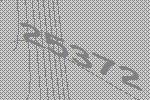
25372